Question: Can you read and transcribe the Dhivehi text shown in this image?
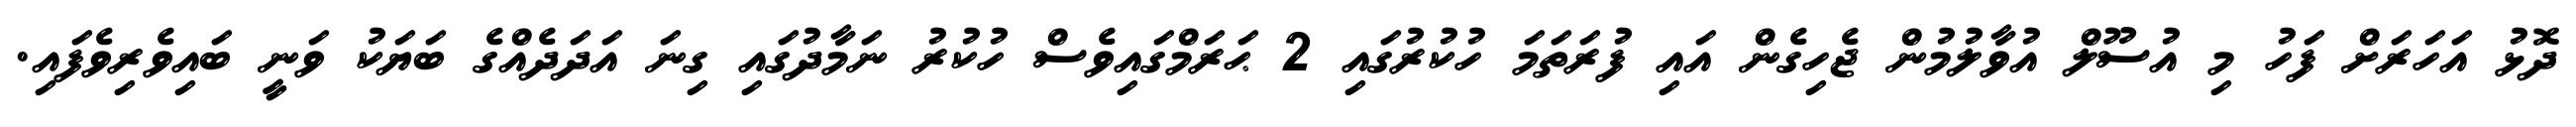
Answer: ދޮޅު އަހަރަށް ފަހު މި އުސޫލް އުވާލުމުން ޖެހިގެން އައި ފުރަތަމަ ހުކުރުގައި 2 ޙަރަމްގައިވެސް ހުކުރު ނަމާދުގައި ގިނަ އަދަދެއްގެ ބަޔަކު ވަނީ ބައިވެރިވެފައި.